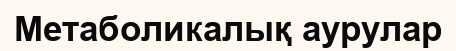
Метаболикалық аурулар